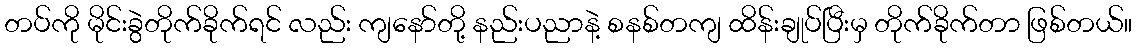
တပ်ကို မိုင်းခွဲတိုက်ခိုက်ရင် လည်း ကျနော်တို့ နည်းပညာနဲ့ စနစ်တကျ ထိန်းချုပ်ပြီးမှ တိုက်ခိုက်တာ ဖြစ်တယ်။